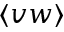
\langle v w \rangle